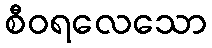
စီဝရလေသော